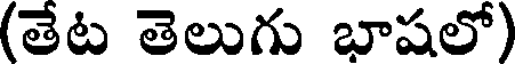
(తేట తెలుగు భాషలో)